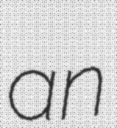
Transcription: an